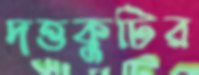
দত্তকুটির